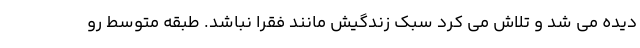
دیده می شد و تلاش می کرد سبک زندگیش مانند فقرا نباشد. طبقه متوسط رو